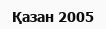
Қазан 2005